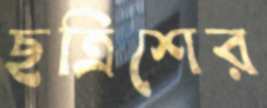
ছত্রিশের